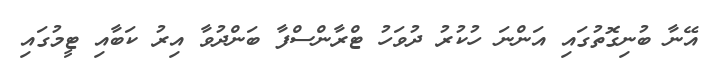
އޭނާ ބުނިގޮތުގައި އަންނަ ހުކުރު ދުވަހު ޓްރާންސްފާ ބަންދުވާ އިރު ކަބާއި ޓީމުގައި